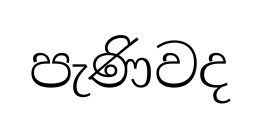
පැණිවද